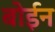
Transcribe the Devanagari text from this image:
बोईन